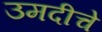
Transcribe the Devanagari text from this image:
उमदीचे